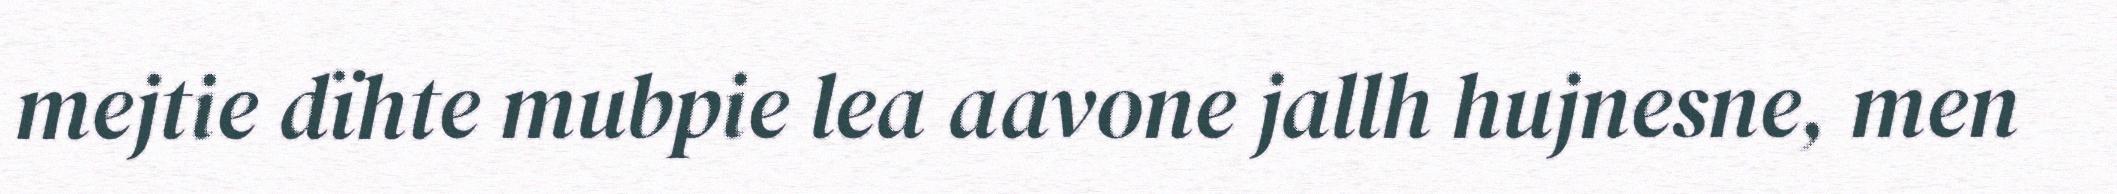
mejtie dïhte mubpie lea aavone jallh hujnesne, men